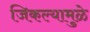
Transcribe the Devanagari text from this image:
जिकल्यामुळे